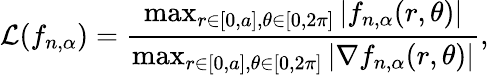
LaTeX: \mathcal{L}(f_{n,\alpha})=\frac{\operatorname*{max}_{r\in[0,a],\theta\in[0,2\pi]}|f_{n,\alpha}(r,\theta)|}{\operatorname*{max}_{r\in[0,a],\theta\in[0,2\pi]}\left|\nabla f_{n,\alpha}(r,\theta)\right|},